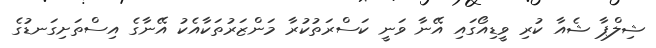
ޝިލްޕާ ޝެއާ ކުރި ވީޑިއޯގައި އޭނާ ވަނީ ކަސްރަތުކުރާ މަންޒަރުތަކާއެކު އޭނާގެ އިސްތަށިގަނޑުގެ